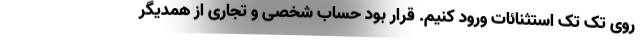
روی تک تک استثنائات ورود کنیم. قرار بود حساب شخصی و تجاری از همدیگر